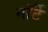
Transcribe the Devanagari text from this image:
नॉर्टे